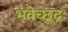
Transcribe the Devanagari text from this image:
भवेच्छूद्रः